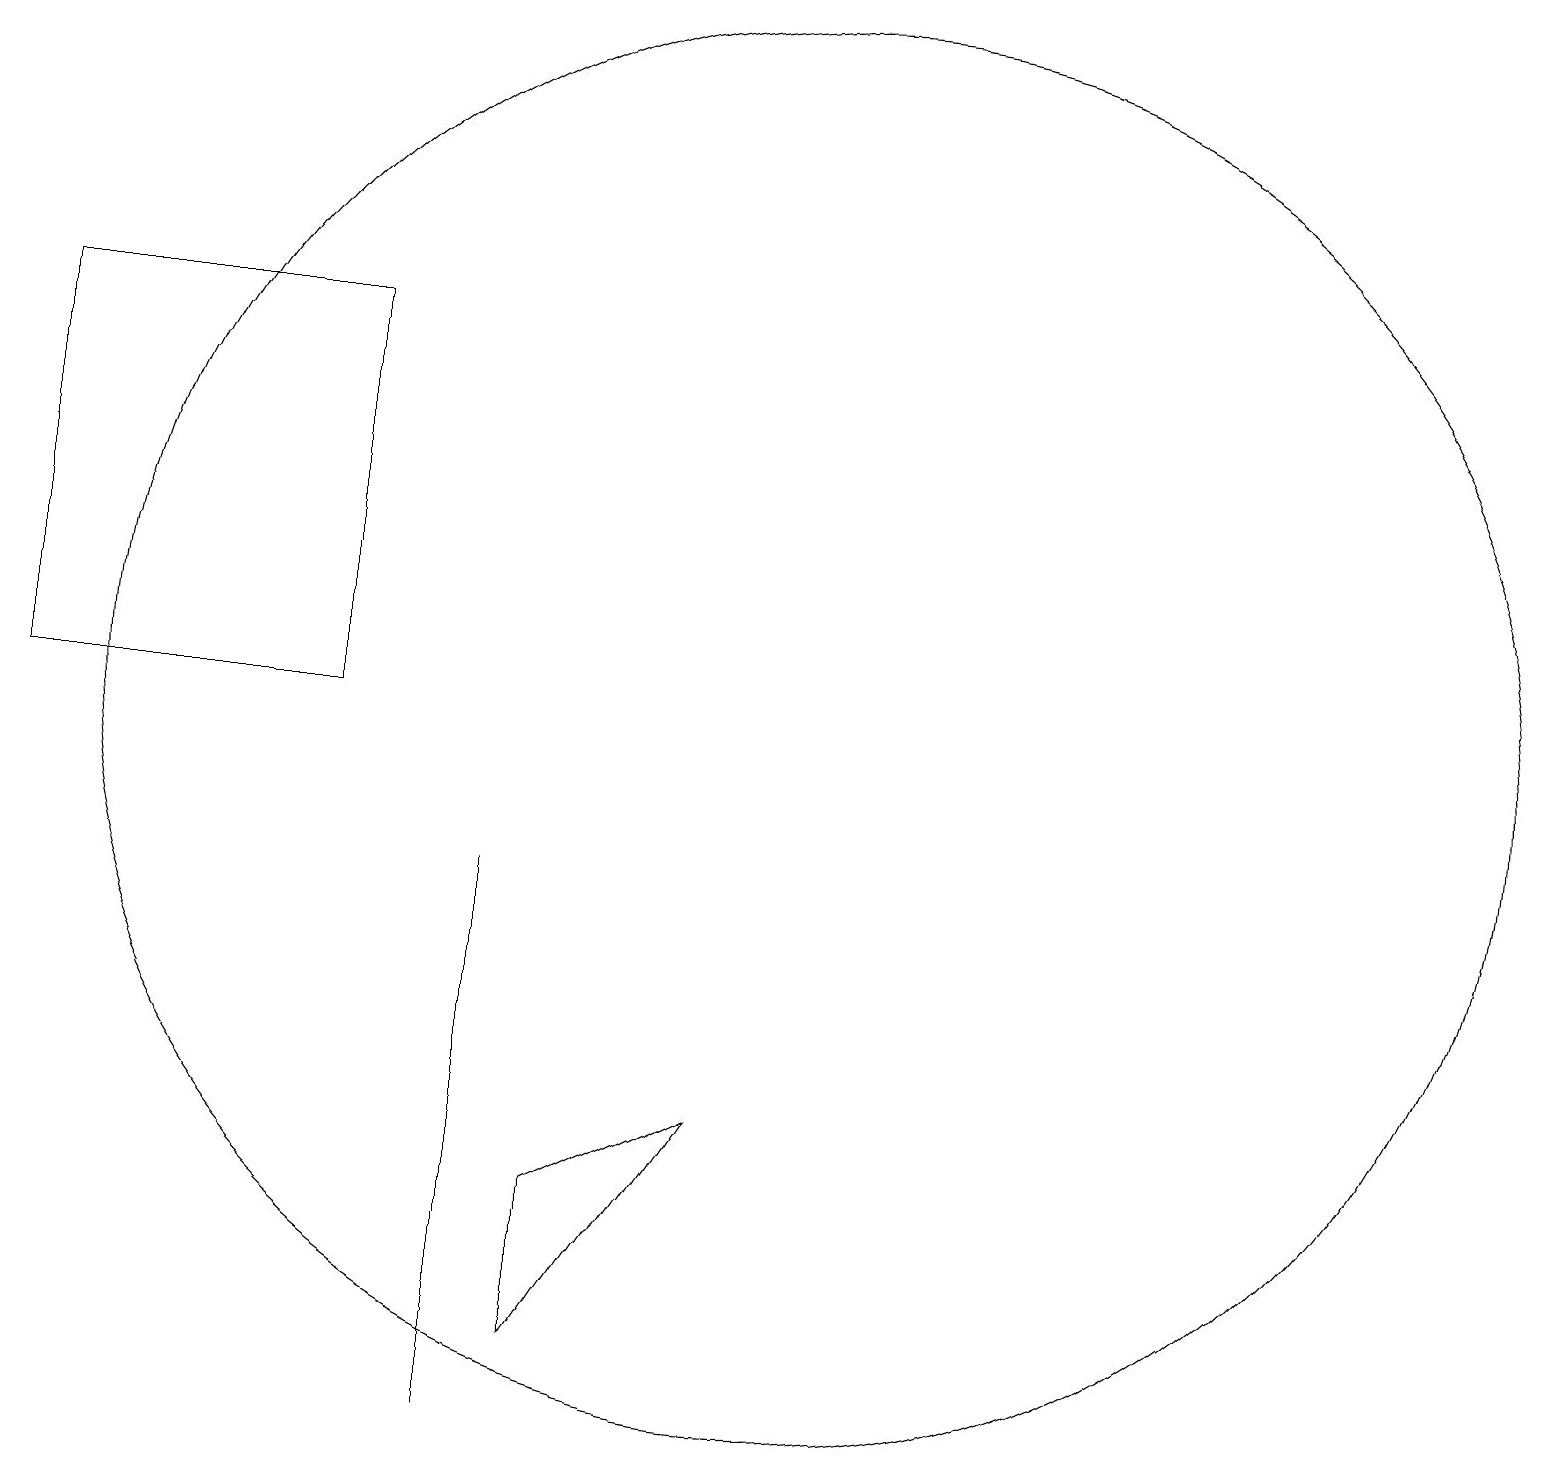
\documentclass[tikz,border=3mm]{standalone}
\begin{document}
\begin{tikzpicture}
\draw (9,6) -- (7,5) -- (7,3) -- cycle;
\draw (6,6) -- (6,9) -- (6,2) -- cycle;
\draw (0,16) rectangle (4,11);
\draw (10,11) circle (9);
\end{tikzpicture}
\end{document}